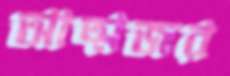
আত্মজর